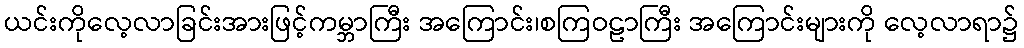
ယင်းကိုလေ့လာခြင်းအားဖြင့်ကမ္ဘာကြီး အကြောင်း၊စကြဝဠာကြီး အကြောင်းများကို လေ့လာရာ၌